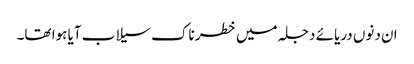
ان دنوں دریائے دجلہ میں خطر ناک سیلاب آیا ہوا تھا۔